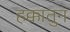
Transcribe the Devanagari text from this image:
हक्कातुन